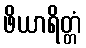
ဖိယာရိတ္တံ